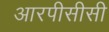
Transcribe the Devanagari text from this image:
आरपीसीसी